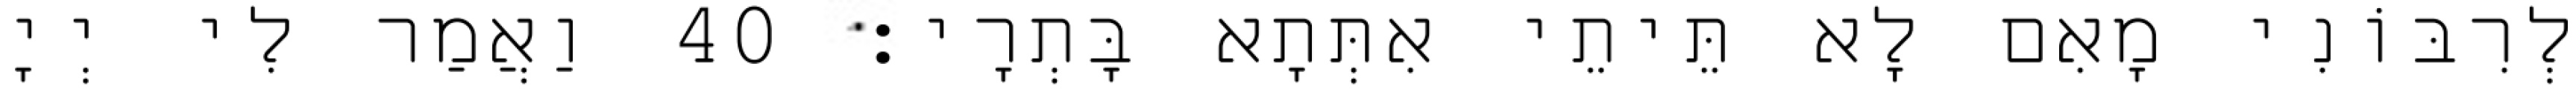
לְרִבּוֹנִי מָאִם לָא תֵּיתֵי אִתְּתָא בָּתְרָי׃ 40 וַאֲמַר לִי יְיָ